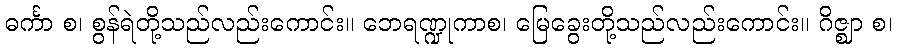
ဓင်္ကာ စ၊ စွန်ရဲတို့သည်လည်းကောင်း။ ဘေရဏ္ဍုကာစ၊ မြေခွေးတို့သည်လည်းကောင်း။ ဂိဇ္ဈာ စ၊